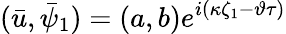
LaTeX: (\bar{u},\bar{\psi}_{1})=(a,b)e^{i(\kappa\zeta_{1}-\vartheta\tau)}